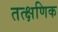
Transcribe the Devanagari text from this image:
तत्क्षणिक